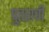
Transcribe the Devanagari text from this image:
पुतराची